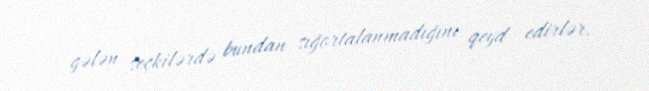
gələn seçkilərdə bundan sığortalanmadığını qeyd edirlər.